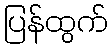
ပြန်ထွက်